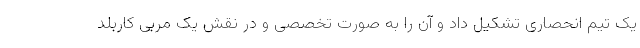
یک تیم انحصاری تشکیل داد و آن را به صورت تخصصی و در نقش یک مربی کاربلد